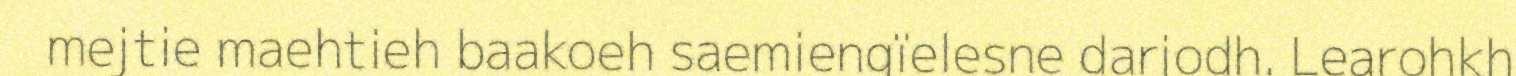
mejtie maehtieh baakoeh saemiengïelesne darjodh. Learohkh